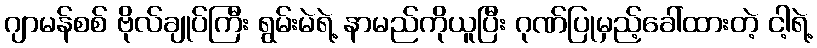
ဂျာမန်စစ် ဗိုလ်ချုပ်ကြီး ရွမ်းမဲရဲ့ နာမည်ကိုယူပြီး ဂုဏ်ပြုမှည့်ခေါ်ထားတဲ့ ငါ့ရဲ့